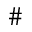
\#